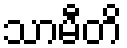
သာမီတိ